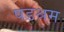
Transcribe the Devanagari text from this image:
षडश्रम